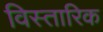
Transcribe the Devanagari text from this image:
विस्तारिक